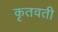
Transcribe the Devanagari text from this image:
कृतवती